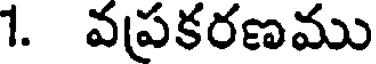
1. వప్రకరణము